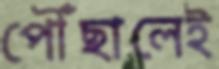
পৌঁছালেই